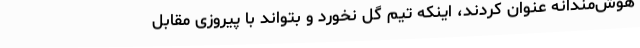
هوش‌مندانه عنوان کردند، اینکه تیم گل نخورد و بتواند با پیروزی مقابل